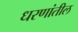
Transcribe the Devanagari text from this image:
धरणांतील